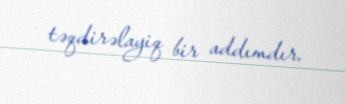
təqdirəlayiq bir addımdır.